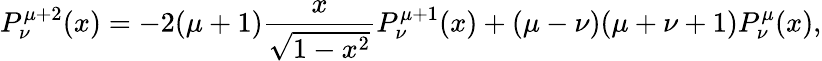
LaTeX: P_{\nu}^{\mu+2}(x)=-2(\mu+1)\frac{x}{\sqrt{1-x^{2}}}P_{\nu}^{\mu+1}(x)+(\mu-\nu)(\mu+\nu+1)P_{\nu}^{\mu}(x),